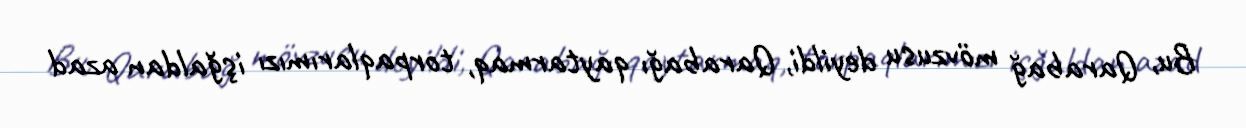
Bu, Qarabağ mövzusu deyildi, Qarabağı qaytarmaq, torpaqlarımızı işğaldan azad